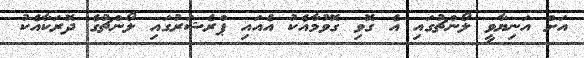
އަށް އަނިޔާވީ ލޯންޗުގައި އެ ގޮވި ގޮވުމާއެކު އެއައި ޕްރެޝަރުގައި ލޯންޗުގެ ދޮރަކާއެކު